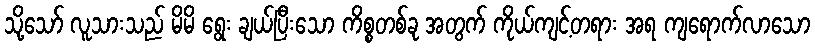
သို့သော် လူသားသည် မိမိ ရွေး ချယ်ပြီးသော ကိစ္စတစ်ခု အတွက် ကိုယ်ကျင့်တရား အရ ကျရောက်လာသော